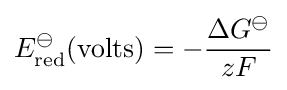
E_{\text{red}}^{\ominus }({\text{volts}})=-{\frac {\Delta G^{\ominus }}{zF}}